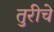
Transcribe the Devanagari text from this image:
तुरीचे